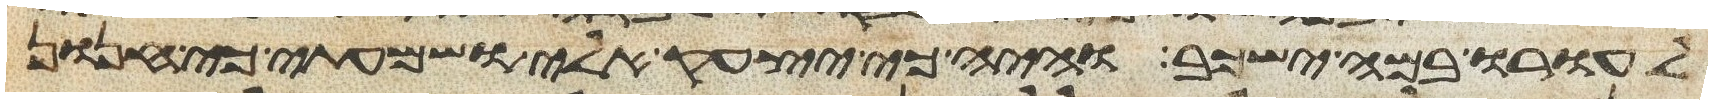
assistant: לעורו במה ישכב והיה כי יצעק אלי ושמעתי כי חנון